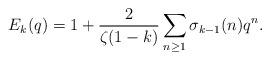
LaTeX: \begin{align*} E_k(q) = 1 + \frac{2}{\zeta(1-k)}\sum_{n \geq 1} \sigma_{k-1}(n)q^n.\end{align*}